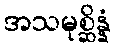
အသမုစ္ဆိန္နံ